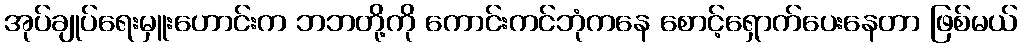
အုပ်ချုပ်ရေးမှူးဟောင်းက ဘဘတို့ကို ကောင်းကင်ဘုံကနေ စောင့်ရှောက်ပေးနေတာ ဖြစ်မယ်